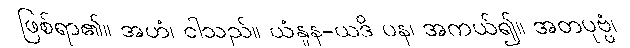
ဖြစ်ရာ၏။ အဟံ၊ ငါသည်။ ယံနူန-ယဒိ ပန၊ အကယ်၍။ အတပုဗ္ဗံ၊